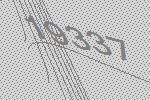
19337